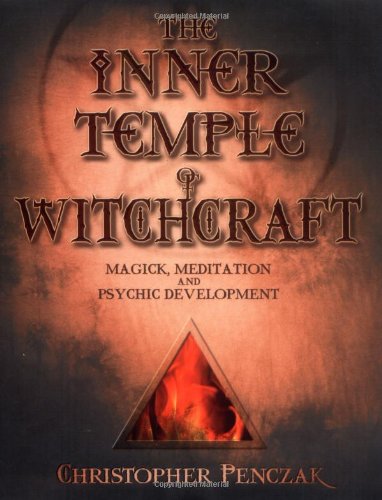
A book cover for The Inner Temple of Witchcraft: Magick, Meditation and Psychic Development (Penczak Temple Series); Christopher Penczak; Religion & Spirituality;